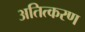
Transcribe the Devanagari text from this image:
अतित्करण